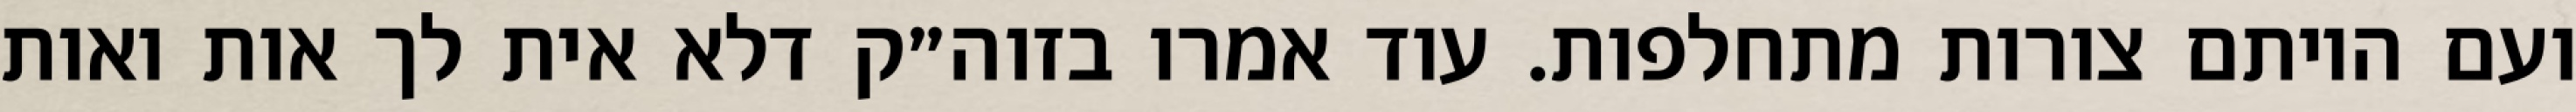
ועם היותם צורות מתחלפות. עוד אמרו בזוה״ק דלא אית לך אות ואות